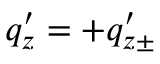
q _ { z } ^ { \prime } = + q _ { z \pm } ^ { \prime }